Report of the Municipal Commissioner on the plague in Bombay for the year ending 31st May... - Volume 1
Disease focus: Plague
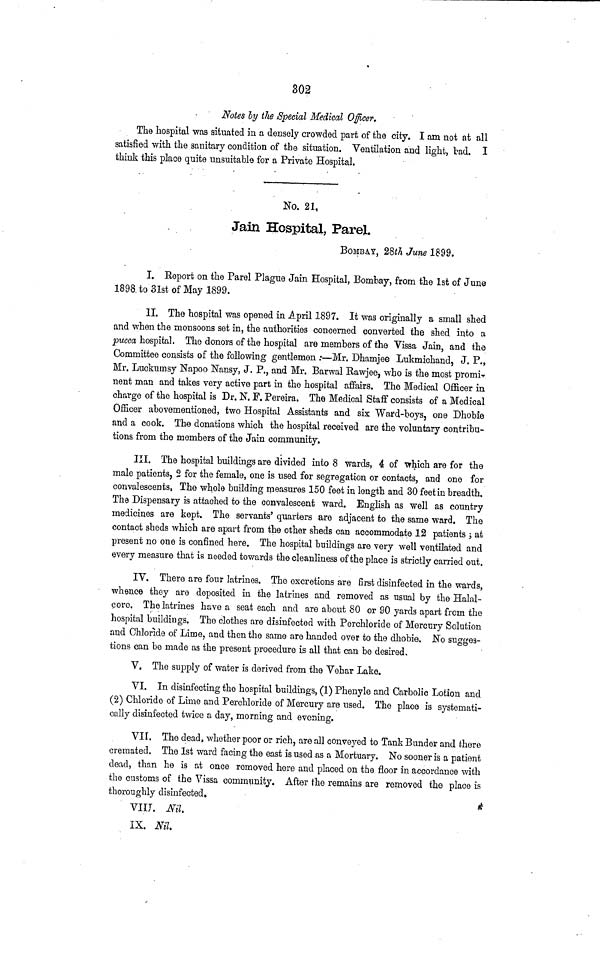
302
Notes by the Special Medical Officer.
The hospital was situated in a densely crowded part of the city. I am not at all
satisfied with the sanitary condition of the situation. Ventilation and light, tad. I
think this place quite unsuitable for a Private Hospital.
No. 21.
Jain Hospital, Parel.
BOMBAY, 28th June 1899.
I. Report on the Parel Plague Jain Hospital, Bombay, from the 1st of June
1898. to 31st of May 1899.
II. The hospital was opened in April 1897. It was originally a small shed
and when the monsoons set in, the authorities concerned converted the shed into a
pucca hospital. The donors of the hospital are members of the Vissa Jain, and the
Committee consists of the following gentlemen :—Mr, Dhamjee Lukmichand, J. P,,
Mr. Luckumsy Napoo Nansy, J. P., and Mr. Barwal Rawjee, who is the most promi-
nent man and takes very active part in the hospital affairs. The Medical Officer in
charge of the hospital is Dr. N. F. Pereira. The Medical Staff consists of a Medical
Officer abovementioned, two Hospital Assistants and six Ward-boys, one Dhobie
and a cook. The donations which the hospital received are the voluntary contribu-
tions from the members of the Jain community.
III. The hospital buildings are divided into 8 wards, 4 of which are for the
male patients, 2 for the female, one is used for segregation or contacts, and one for
convalescents, The whole building measures 150 feet in length and 30 feet in breadth.
The Dispensary is attached to the convalescent ward. English as well as country
medicines are kept. The servants' quarters are adjacent to the same ward. The
contact sheds which are apart from the other sheds can accommodate 12 patients j at
present no one is confined here. The hospital buildings are very well ventilated and
every measure that is needed towards the cleanliness of the place is strictly carried out.
IV. There are four latrines. The excretions are first disinfected in the wards,
whence they are deposited in the latrines and removed as usual by the Halal-
core. The latrines have a seat each and are about 80 or 90 yards apart from the
hospital buildings. The clothes are disinfected with Perchloride of Mercury Solution
and Chloride of Lime, and then the same are handed over to the dhobie. No sugges-
tions can be made as the present procedure is all that can be desired.
V. The supply of water is derived from the Vehar Lake.
VI. In disinfecting the hospital buildings, (1) Phenyle and Carbolic Lotion and
(2) Chloride of Lime and Perchloride of Mercury are used. The place is systemati-
cally disinfected twice a day, morning and evening.
VII. The dead, whether poor or rich, are all conveyed to Tank Bunder and there
cremated. The 1st ward facing the east is used as a Mortuary. No sooner is a patient
dead, than he is at once removed here and placed on the floor in accordance with
the customs of the Vissa community. After the remains are removed the place is
thoroughly disinfected,
VIII. Nil.
IX. Nil.